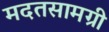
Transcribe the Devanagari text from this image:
मदतसामग्री